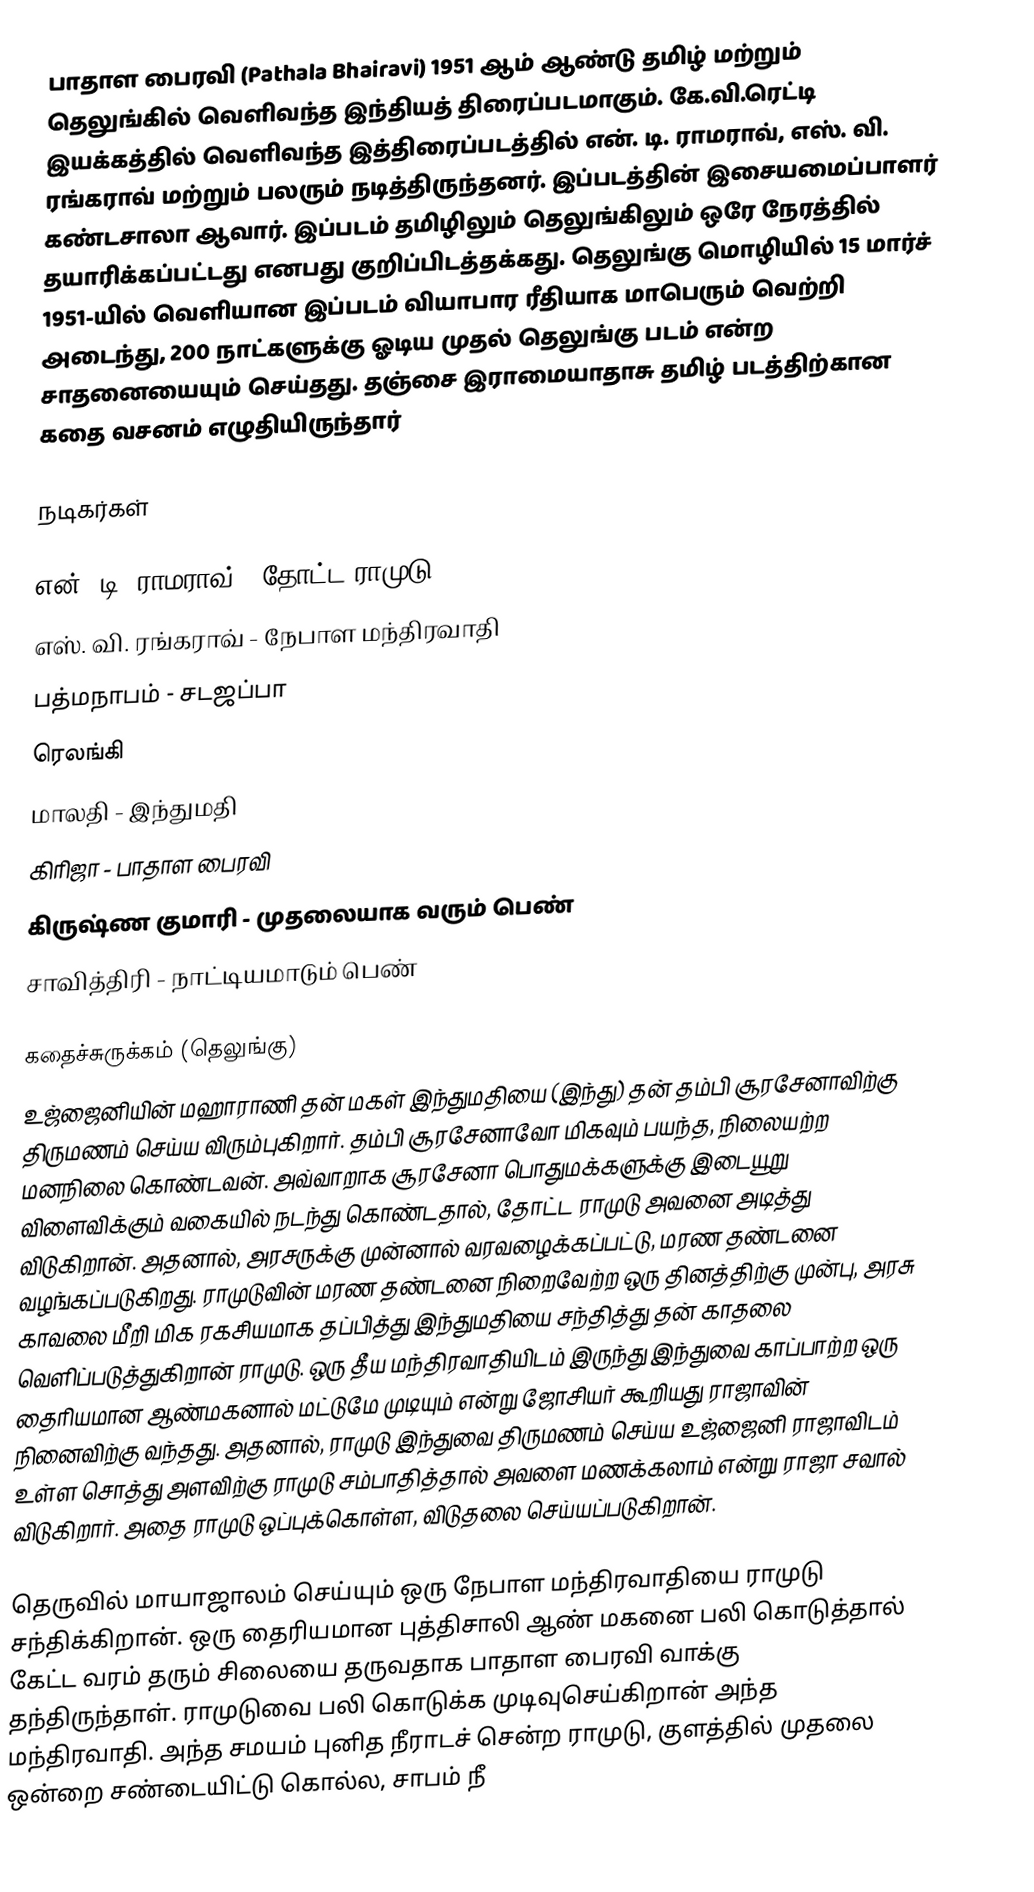
பாதாள பைரவி (Pathala Bhairavi) 1951 ஆம் ஆண்டு தமிழ் மற்றும் தெலுங்கில் வெளிவந்த இந்தியத் திரைப்படமாகும். கே.வி.ரெட்டி இயக்கத்தில் வெளிவந்த இத்திரைப்படத்தில் என். டி. ராமராவ், எஸ். வி. ரங்கராவ் மற்றும் பலரும் நடித்திருந்தனர். இப்படத்தின் இசையமைப்பாளர் கண்டசாலா ஆவார். இப்படம் தமிழிலும் தெலுங்கிலும் ஒரே நேரத்தில் தயாரிக்கப்பட்டது எனபது குறிப்பிடத்தக்கது. தெலுங்கு மொழியில் 15 மார்ச் 1951-யில் வெளியான இப்படம் வியாபார ரீதியாக மாபெரும் வெற்றி அடைந்து, 200 நாட்களுக்கு ஓடிய முதல் தெலுங்கு படம் என்ற சாதனையையும் செய்தது. தஞ்சை இராமையாதாசு தமிழ் படத்திற்கான கதை வசனம் எழுதியிருந்தார்

நடிகர்கள்

 என். டி. ராமராவ் - தோட்ட ராமுடு
 எஸ். வி. ரங்கராவ் - நேபாள மந்திரவாதி
 பத்மநாபம் - சடஜப்பா
 ரெலங்கி
 மாலதி - இந்துமதி
 கிரிஜா - பாதாள பைரவி
 கிருஷ்ண குமாரி - முதலையாக வரும் பெண்
 சாவித்திரி - நாட்டியமாடும் பெண்

கதைச்சுருக்கம் (தெலுங்கு)
உஜ்ஜைனியின் மஹாராணி தன் மகள் இந்துமதியை (இந்து) தன் தம்பி சூரசேனாவிற்கு திருமணம் செய்ய விரும்புகிறார். தம்பி சூரசேனாவோ மிகவும் பயந்த, நிலையற்ற மனநிலை கொண்டவன். அவ்வாறாக சூரசேனா பொதுமக்களுக்கு இடையூறு விளைவிக்கும் வகையில் நடந்து கொண்டதால், தோட்ட ராமுடு அவனை அடித்து விடுகிறான். அதனால், அரசருக்கு முன்னால் வரவழைக்கப்பட்டு, மரண தண்டனை வழங்கப்படுகிறது. ராமுடுவின் மரண தண்டனை நிறைவேற்ற ஒரு தினத்திற்கு முன்பு, அரசு காவலை மீறி மிக ரகசியமாக தப்பித்து இந்துமதியை சந்தித்து தன் காதலை வெளிப்படுத்துகிறான் ராமுடு. ஒரு தீய மந்திரவாதியிடம் இருந்து இந்துவை காப்பாற்ற ஒரு தைரியமான ஆண்மகனால் மட்டுமே முடியும் என்று ஜோசியர் கூறியது ராஜாவின் நினைவிற்கு வந்தது. அதனால், ராமுடு இந்துவை திருமணம் செய்ய உஜ்ஜைனி ராஜாவிடம் உள்ள சொத்து அளவிற்கு ராமுடு சம்பாதித்தால் அவளை மணக்கலாம் என்று ராஜா சவால் விடுகிறார். அதை ராமுடு ஒப்புக்கொள்ள, விடுதலை செய்யப்படுகிறான்.

தெருவில் மாயாஜாலம் செய்யும் ஒரு நேபாள மந்திரவாதியை ராமுடு சந்திக்கிறான். ஒரு தைரியமான புத்திசாலி ஆண் மகனை பலி கொடுத்தால் கேட்ட வரம் தரும் சிலையை தருவதாக பாதாள பைரவி வாக்கு தந்திருந்தாள். ராமுடுவை பலி கொடுக்க முடிவுசெய்கிறான் அந்த மந்திரவாதி. அந்த சமயம் புனித நீராடச் சென்ற ராமுடு, குளத்தில் முதலை ஒன்றை சண்டையிட்டு கொல்ல, சாபம் நீ